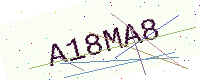
Text: A18MA8